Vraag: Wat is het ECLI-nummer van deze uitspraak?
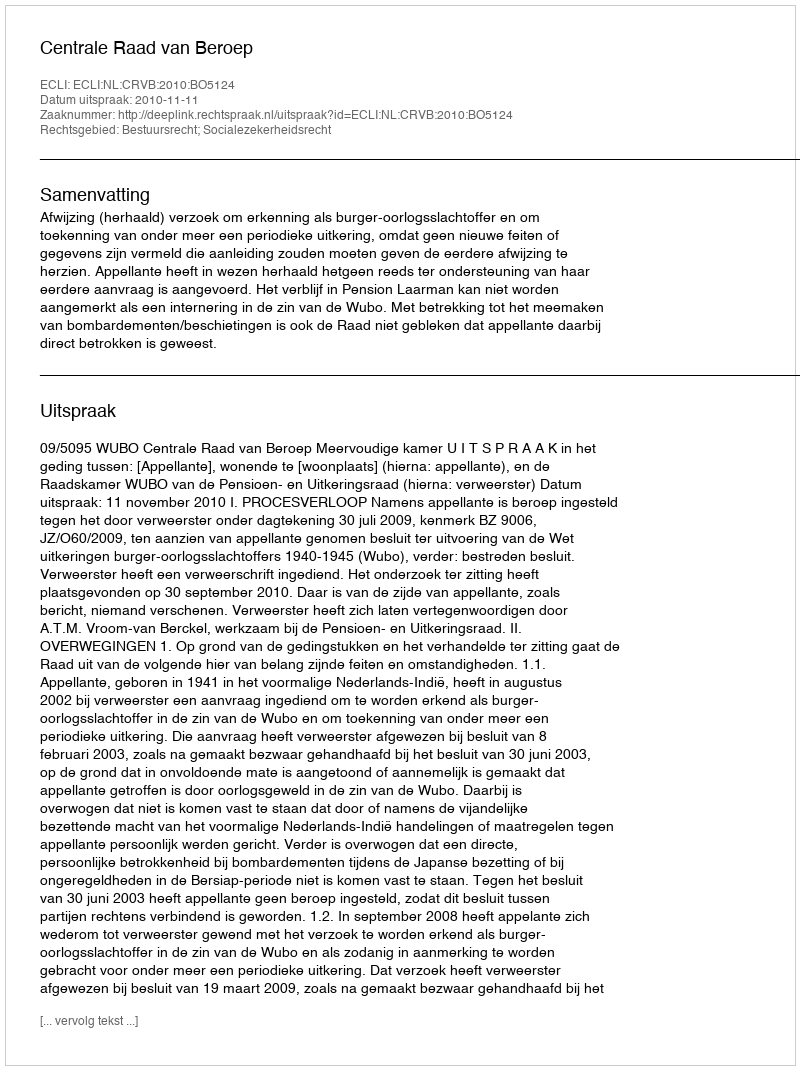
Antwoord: ECLI:NL:CRVB:2010:BO5124